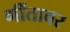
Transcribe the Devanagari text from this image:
गींतावर